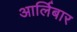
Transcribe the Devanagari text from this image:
आर्लिबार